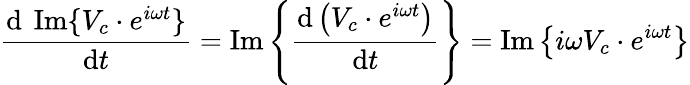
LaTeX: {\frac{\mathrm{d}\ \operatorname{Im}\{ V_{c}\cdot e^{i\omega t}\} }{\mathrm{d}t}}=\operatorname{Im}\left\{ {\frac{\mathrm{d}\left(V_{c}\cdot e^{i\omega t}\right)}{\mathrm{d}t}}\right\} =\operatorname{Im}\left\{ i\omega V_{c}\cdot e^{i\omega t}\right\}